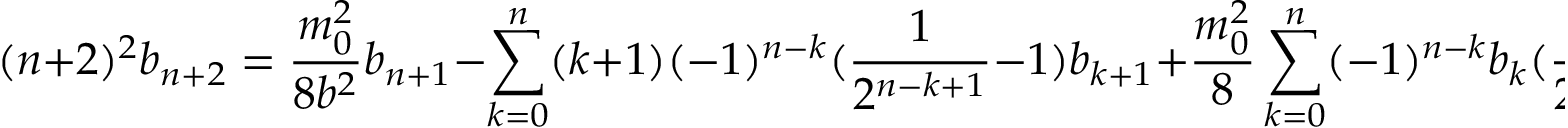
( n + 2 ) ^ { 2 } b _ { n + 2 } = \frac { m _ { 0 } ^ { 2 } } { 8 b ^ { 2 } } b _ { n + 1 } - \sum _ { k = 0 } ^ { n } ( k + 1 ) ( - 1 ) ^ { n - k } ( \frac { 1 } { 2 ^ { n - k + 1 } } - 1 ) b _ { k + 1 } + \frac { m _ { 0 } ^ { 2 } } { 8 } \sum _ { k = 0 } ^ { n } ( - 1 ) ^ { n - k } b _ { k } ( \frac { 1 } { 2 ^ { n - k + 1 } } - 2 ) .